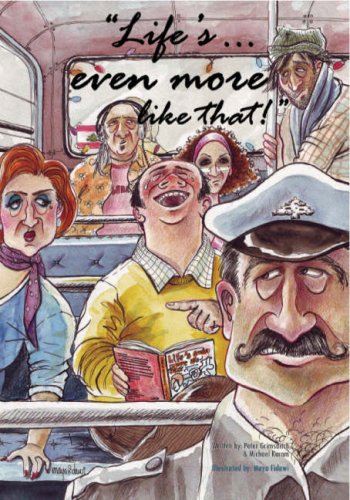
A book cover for Life's Even More Like That!: Your Guide to the Lebanese; Peter Grimsditch; Travel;